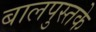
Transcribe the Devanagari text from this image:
बालपुस्तके